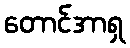
တောင်အာရှ